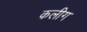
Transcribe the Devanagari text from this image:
कलीग